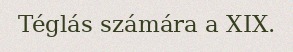
Téglás számára a XIX.